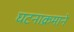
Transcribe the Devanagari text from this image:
घटनाक्रमाने